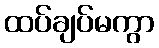
ထပ်ချပ်မကွာ